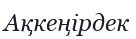
Ақкеңірдек